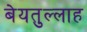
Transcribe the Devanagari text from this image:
बेयतुल्लाह